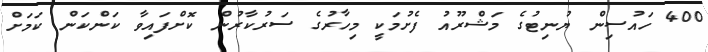
400 ހައުސިން ޔުނިޓުގެ މަޝްރޫއު ފެށުމަކީ މިހާރުގެ ސަރުކާރުން ކޮށްފައިވާ ކަންކަން ކަމަށް